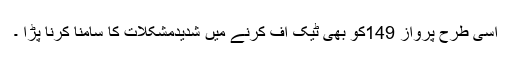
اسی طرح پرواز 149کو بھی ٹیک آف کرنے میں شدیدمشکلات کا سامنا کرنا پڑا ۔